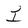
Character: I